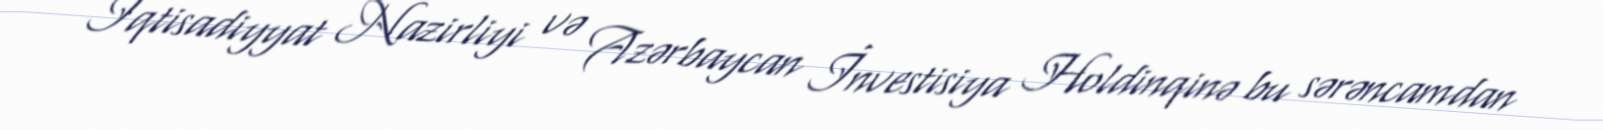
İqtisadiyyat Nazirliyi və Azərbaycan İnvestisiya Holdinqinə bu sərəncamdan